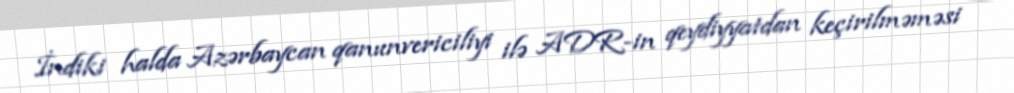
İndiki halda Azərbaycan qanunvericiliyi ilə ADR-in qeydiyyatdan keçirilməməsi